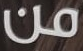
من